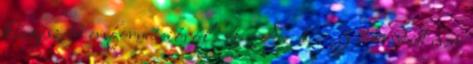
kiegészítő információról. 4 Az 1 – 3 bekezdést nem